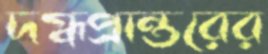
দগ্ধপ্রান্তরের